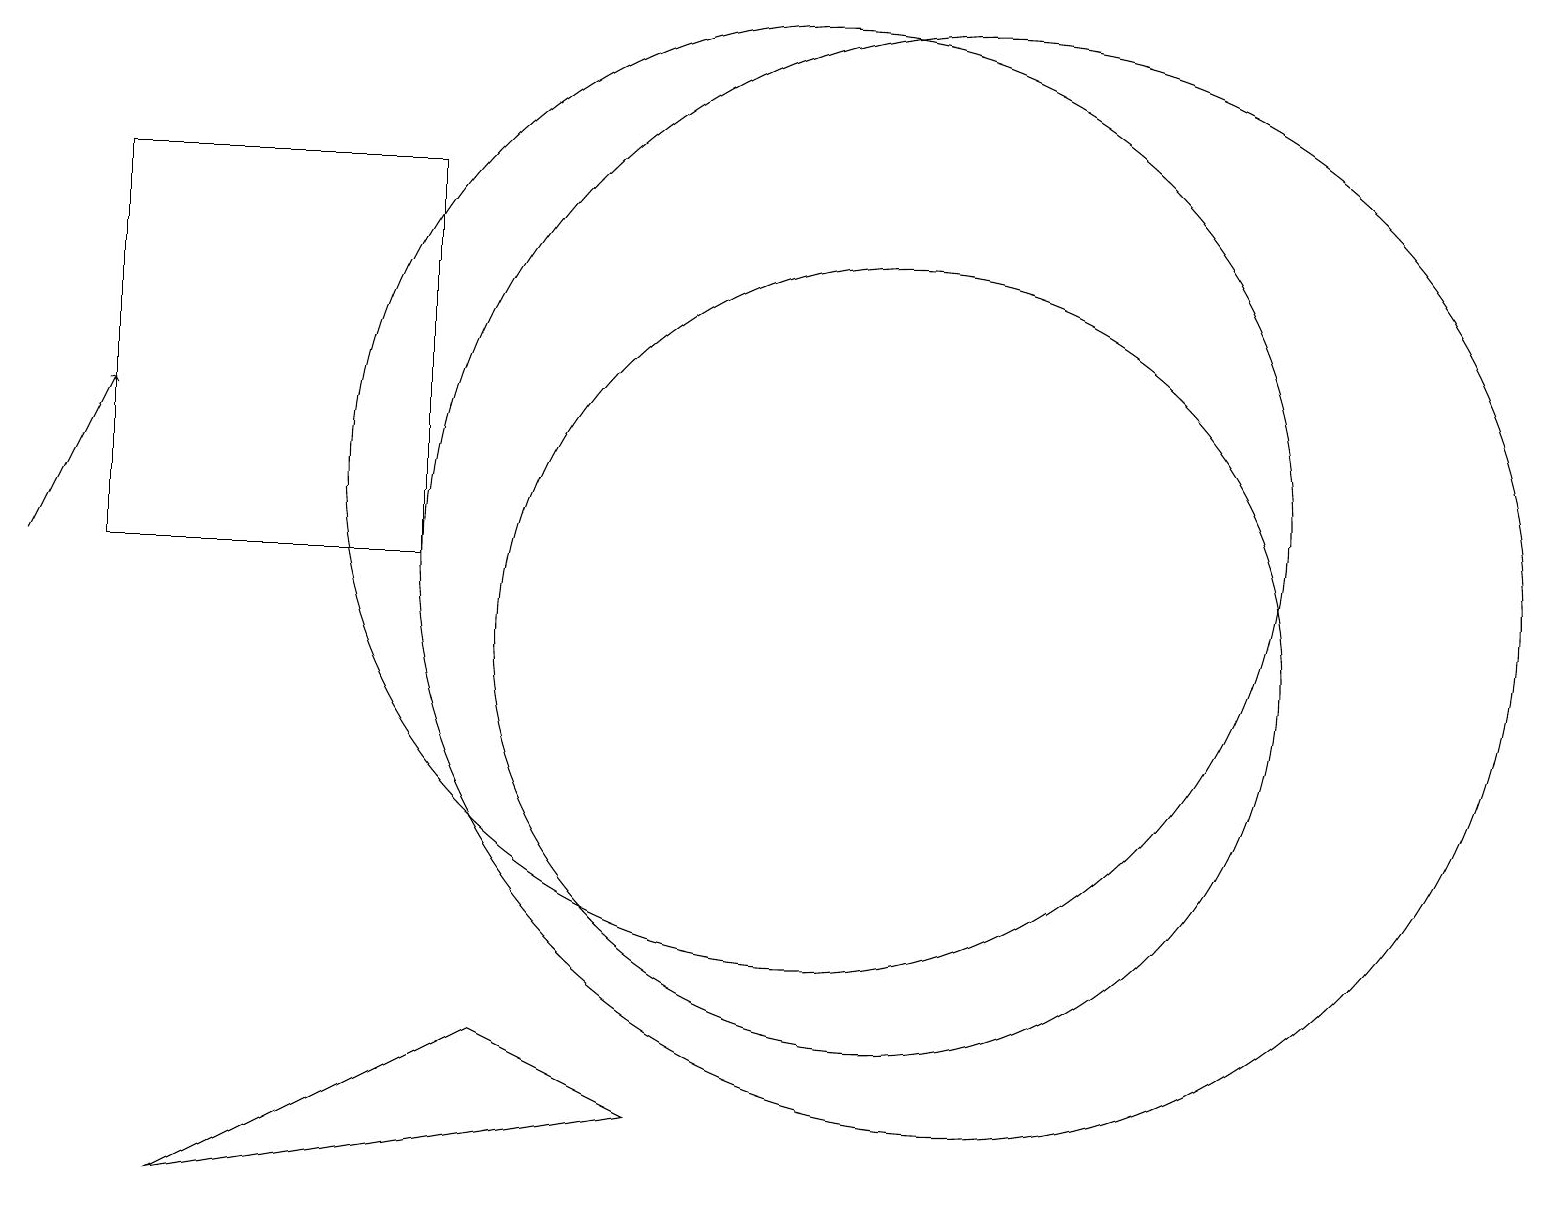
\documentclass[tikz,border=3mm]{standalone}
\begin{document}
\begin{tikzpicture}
\draw (1,16) rectangle (5,11);
\draw (10,12) circle (6);
\draw (12,11) circle (7);
\draw[->] (0,11) -- (1,13);
\draw (6,5) -- (2,3) -- (8,4) -- cycle;
\draw (11,10) circle (5);
\draw (11,12) circle (0);
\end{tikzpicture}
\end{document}